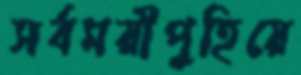
সর্বময়ীপুহিয়ে